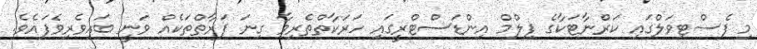
މި ފެސްޓިވަލްގައި ކަރްނާޓަކާގެ ފިލްމް އިންޑަސްޓްރީގައި ހަރަކާތްތެރިވާ ގިނަ ފަރާތްތަކެއް ވަނީ ބައިވެރިވެފައެވެ.